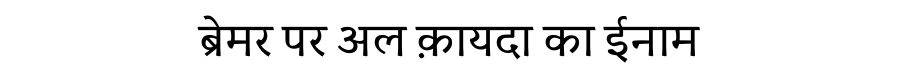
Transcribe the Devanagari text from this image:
ब्रेमर पर अल क़ायदा का ईनाम